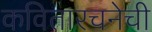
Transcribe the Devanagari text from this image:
कवितारचनेची